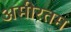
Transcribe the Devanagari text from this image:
अमीरतम